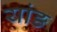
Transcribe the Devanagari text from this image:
यांङ